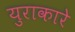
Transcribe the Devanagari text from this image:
युराकारे